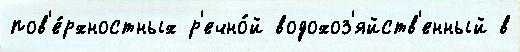
пов'е́рхностных р'ечно́й водохоз'яйств'енный в